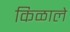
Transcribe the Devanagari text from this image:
किळाले